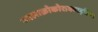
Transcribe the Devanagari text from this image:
फालाक्रोकोराक्वाइडिया